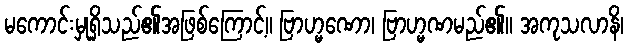
မကောင်းမှုရှိသည်၏အဖြစ်ကြောင့်။ ဗြာဟ္မဏော၊ ဗြာဟ္မဏမည်၏။ အကုသလာနိ၊